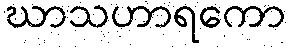
ဃာသဟာရကော